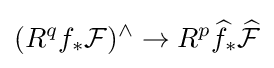
(R^{q}f_{*}{\mathcal {F}})^{\wedge }\to R^{p}{\widehat {f}}_{*}{\widehat {\mathcal {F}}}